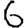
Digit: 6